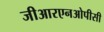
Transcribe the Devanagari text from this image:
जीआरएनओपीसी